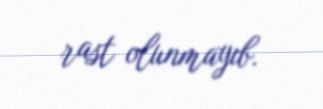
rast olunmayıb.